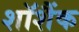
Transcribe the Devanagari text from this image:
शॉशैंक